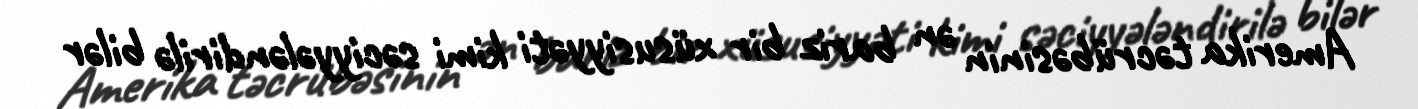
Amerika təcrübəsinin ən bariz bir xüsusiyyəti kimi səciyyələndirilə bilər